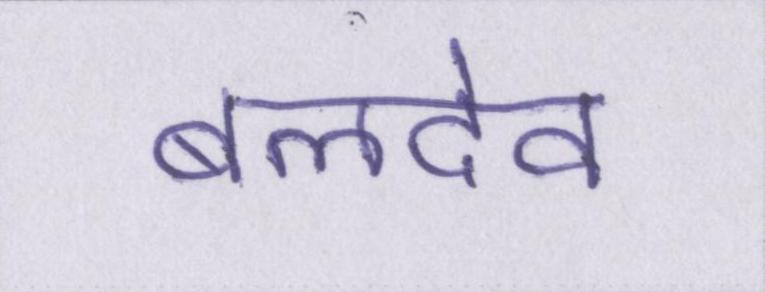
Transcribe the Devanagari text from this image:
बलदेव